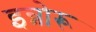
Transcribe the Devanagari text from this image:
इन्नोरू